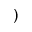
)